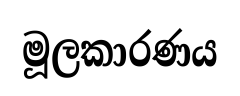
මූලකාරණය